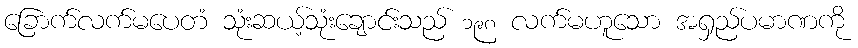
ခြောက်လက်မပေတံ သုံးဆယ့်သုံးချောင်းသည် ၁၉၈ လက်မဟူသော အရှည်ပမာဏကို